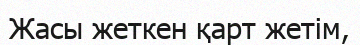
Жасы жеткен қарт жетім,